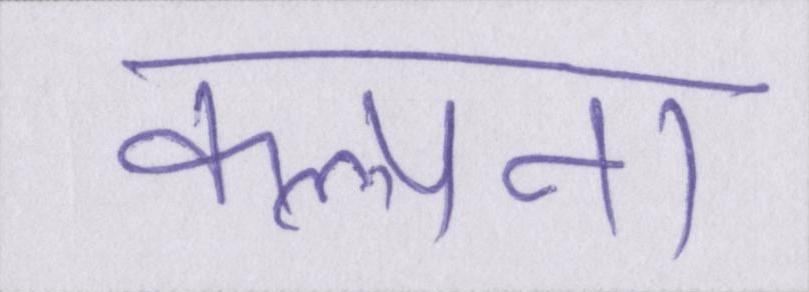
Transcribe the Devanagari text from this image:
कल्पना